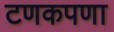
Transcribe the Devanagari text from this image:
टणकपणा